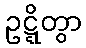
ဥဋ္ဋိတွာ